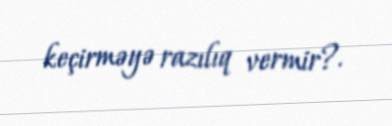
keçirməyə razılıq vermir?.